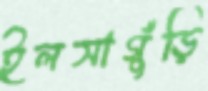
ইলসাগুঁড়ি